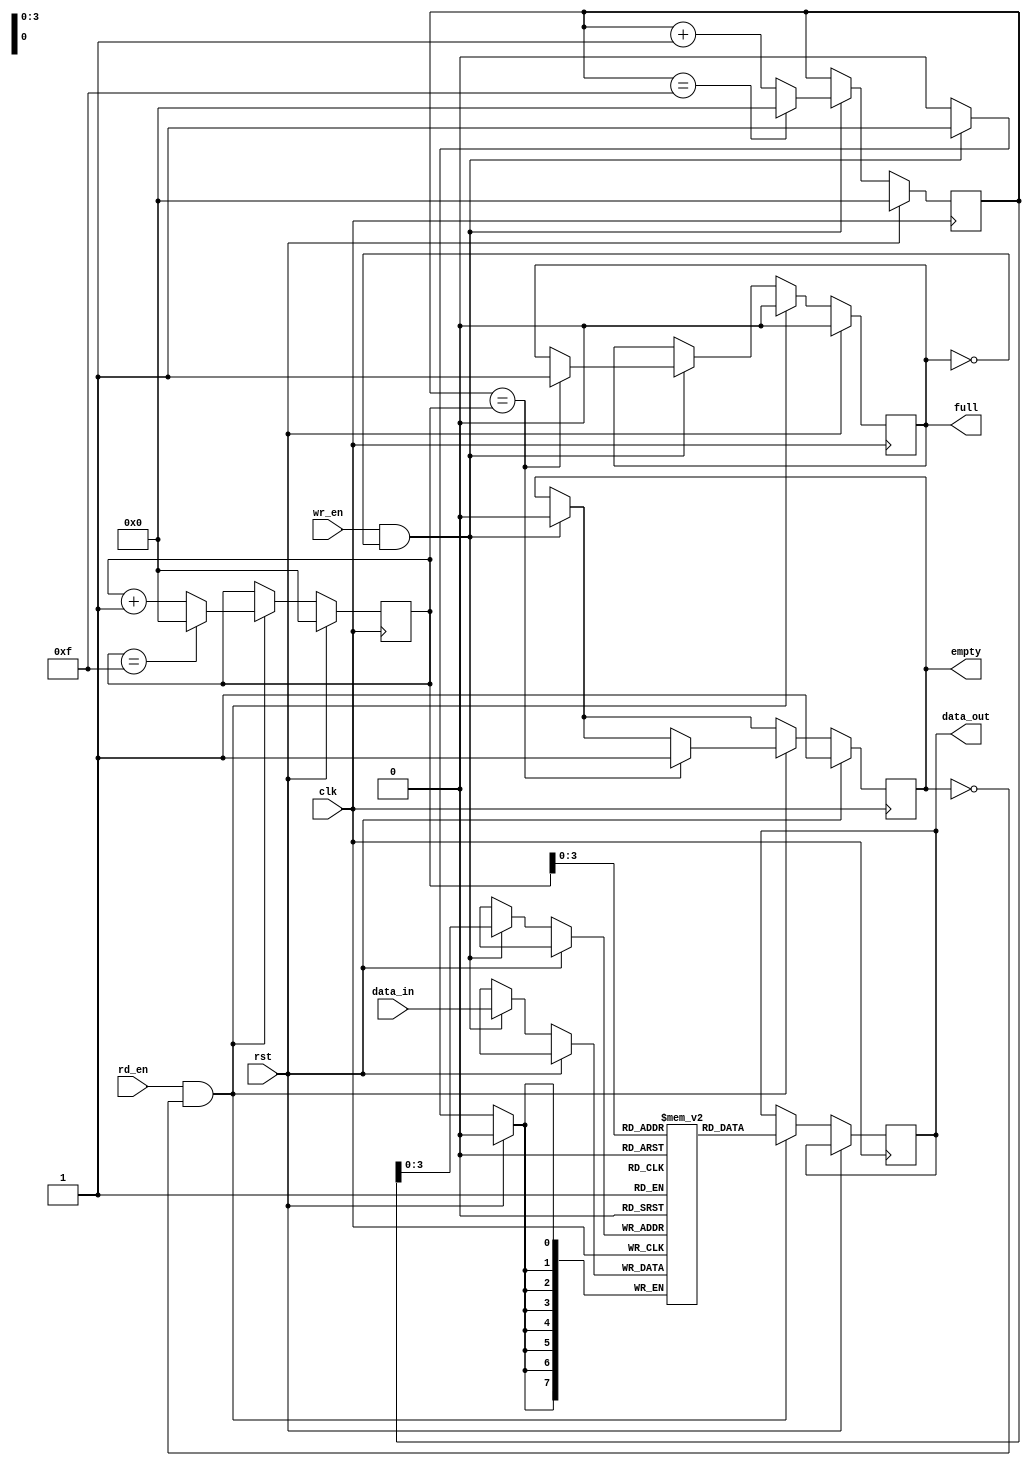
module gray_fifo (
    input wire clk,
    input wire rst,
    input wire wr_en,
    input wire rd_en,
    input wire [DATA_WIDTH-1:0] data_in,
    output reg [DATA_WIDTH-1:0] data_out,
    output reg full,
    output reg empty
);

parameter FIFO_DEPTH = 16;
parameter DATA_WIDTH = 8;

reg [DATA_WIDTH-1:0] fifo [0:FIFO_DEPTH-1];
reg [DATA_WIDTH-1:0] read_ptr;
reg [DATA_WIDTH-1:0] write_ptr;

always@(posedge clk) begin
    if(rst) begin
        read_ptr <= 0;
        write_ptr <= 0;
        full <= 0;
        empty <= 1;
    end
    else begin
        if(wr_en && !full) begin
            fifo[write_ptr] <= data_in;
            write_ptr <= write_ptr + 1;
            if(write_ptr == FIFO_DEPTH - 1)
                write_ptr <= 0;
            if(write_ptr == read_ptr)
                full <= 1;
            empty <= 0;
        end
        if(rd_en && !empty) begin
            data_out <= fifo[read_ptr];
            read_ptr <= read_ptr + 1;
            if(read_ptr == FIFO_DEPTH - 1)
                read_ptr <= 0;
            if(write_ptr == read_ptr)
                empty <= 1;
            full <= 0;
        end
    end
end

endmodule